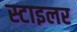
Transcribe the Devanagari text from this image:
स्टाइलर